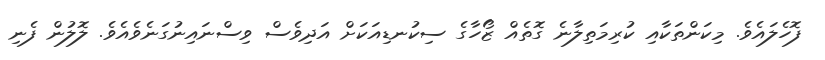
ފޮހެލައެވެ. މިކަންތަކާއި ކުރިމަތިލާނެ ގޮތެއް ޒޯހާގެ ސިކުނޑިއަކަށް އަދިވެސް ވިސްނައިނުގަނެވެއެވެ. ލޮލުން ފެނި